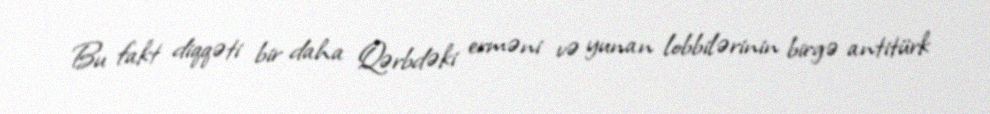
Bu fakt diqqəti bir daha Qərbdəki erməni və yunan lobbilərinin birgə antitürk